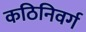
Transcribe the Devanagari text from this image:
कठिनिवर्ग